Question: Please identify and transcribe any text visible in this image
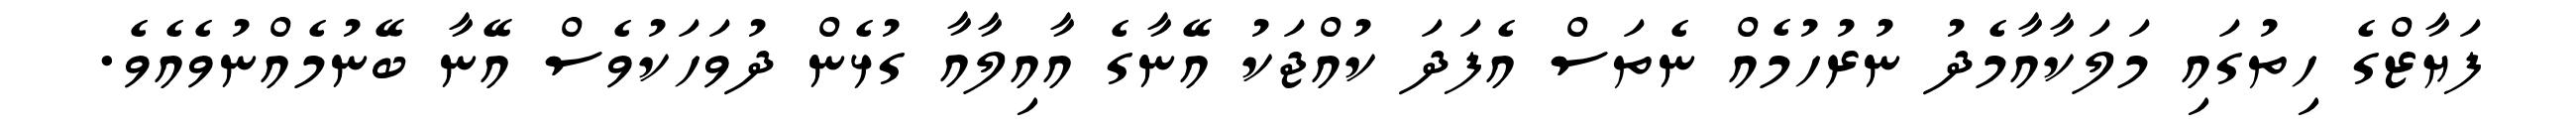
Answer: ފަޔާޒްގެ ހިތުގައި މަލަކާއާމެދު ނުރުހުމެއް ނެތަސް އެފަދަ ކުއްޖަކު އޭނާގެ އާއިލާއާ ގުޅެން ދުވަހަކުވެސް އޭނާ ބޭނުމެއްނުވެއެވެ.